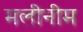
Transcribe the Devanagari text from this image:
मलीनीम